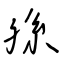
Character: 孫